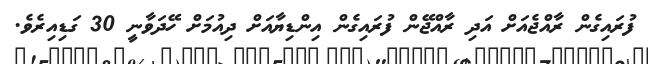
ފުރައިގެން ރާއްޖެއަށް އަދި ރާއްޖޭން ފުރައިގެން އިންޑިޔާއަށް ދިއުމަށް ހޭދަވާނީ 30 ގަޑިއިރެވެ.